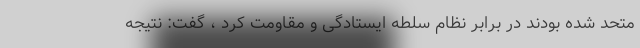
متحد شده بودند در برابر نظام سلطه ایستادگی و مقاومت کرد ، گفت: نتیجه